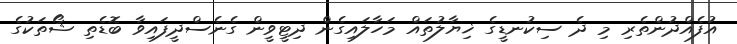
އުފެއްދުންތެރި މި ދެ ސިކުނޑީގެ ޚިޔާލުތައް މަހާލައިގެން ދިޓީވީން ގެނެސްދީފައިވާ ބޮޑެތި ޝޯތަކުގެ